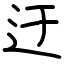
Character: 迂